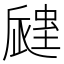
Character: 𧏁